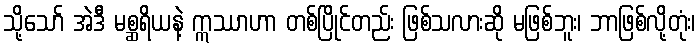
သို့သော် အဲဒီ မစ္ဆရိယနဲ့ ဣဿာဟာ တစ်ပြိုင်တည်း ဖြစ်သလားဆို မဖြစ်ဘူး၊ ဘာဖြစ်လို့တုံး၊